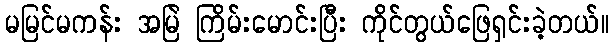
မမြင်မကန်း အမြဲ ကြိမ်းမောင်းပြီး ကိုင်တွယ်ဖြေရှင်းခဲ့တယ်။